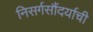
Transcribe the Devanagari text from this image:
निसर्गसौंदर्याची